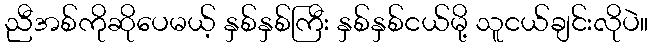
ညီအစ်ကိုဆိုပေမယ့် နှစ်နှစ်ကြီး နှစ်နှစ်ငယ်မို့ သူငယ်ချင်းလိုပဲ။